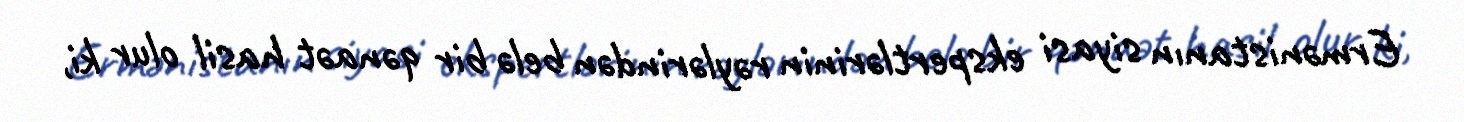
Ermənistanın siyasi ekspertlərinin rəylərindən belə bir qənaət hasil olur ki,